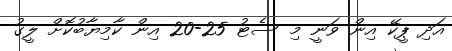
އަދި ޕީކޭ އިން ވަނީ މި ސެޓު 25-20 އިން ކާމިޔާބުކޮށް ލީގު